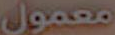
معمول